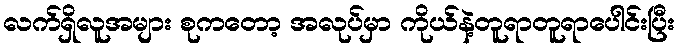
လက်ရှိလူအများ စုကတော့ အလုပ်မှာ ကိုယ်နဲ့တူရာတူရာပေါင်းပြီး